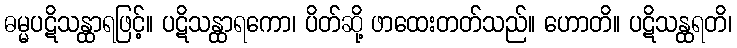
ဓမ္မပဋိသန္ထာရဖြင့်။ ပဋိသန္ထာရကော၊ ပိတ်ဆို့ ဖာထေးတတ်သည်။ ဟောတိ။ ပဋိသန္ထရတိ၊